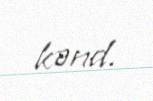
kənd.